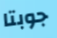
جوبتا